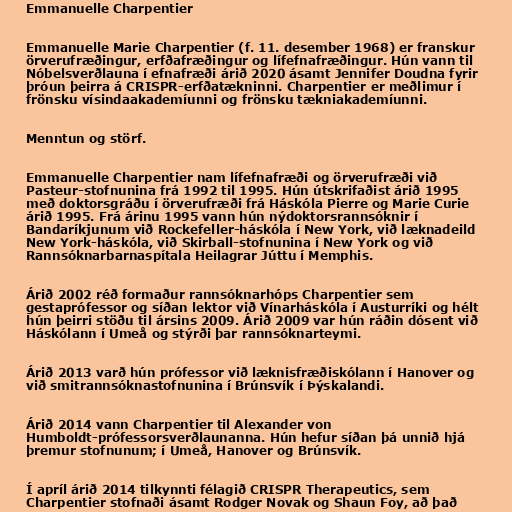
Emmanuelle Charpentier

Emmanuelle Marie Charpentier (f. 11. desember 1968) er franskur
örverufræðingur, erfðafræðingur og lífefnafræðingur. Hún vann til
Nóbelsverðlauna í efnafræði árið 2020 ásamt Jennifer Doudna fyrir
þróun þeirra á CRISPR-erfðatækninni. Charpentier er meðlimur í
frönsku vísindaakademíunni og frönsku tækniakademíunni.

Menntun og störf.

Emmanuelle Charpentier nam lífefnafræði og örverufræði við
Pasteur-stofnunina frá 1992 til 1995. Hún útskrifaðist árið 1995
með doktorsgráðu í örverufræði frá Háskóla Pierre og Marie Curie
árið 1995. Frá árinu 1995 vann hún nýdoktorsrannsóknir í
Bandaríkjunum við Rockefeller-háskóla í New York, við læknadeild
New York-háskóla, við Skirball-stofnunina í New York og við
Rannsóknarbarnaspítala Heilagrar Júttu í Memphis.

Árið 2002 réð formaður rannsóknarhóps Charpentier sem
gestaprófessor og síðan lektor við Vínarháskóla í Austurríki og hélt
hún þeirri stöðu til ársins 2009. Árið 2009 var hún ráðin dósent við
Háskólann í Umeå og stýrði þar rannsóknarteymi.

Árið 2013 varð hún prófessor við læknisfræðiskólann í Hanover og
við smitrannsóknastofnunina í Brúnsvík í Þýskalandi.

Árið 2014 vann Charpentier til Alexander von
Humboldt-prófessorsverðlaunanna. Hún hefur síðan þá unnið hjá
þremur stofnunum; í Umeå, Hanover og Brúnsvík.

Í apríl árið 2014 tilkynnti félagið CRISPR Therapeutics, sem
Charpentier stofnaði ásamt Rodger Novak og Shaun Foy, að það